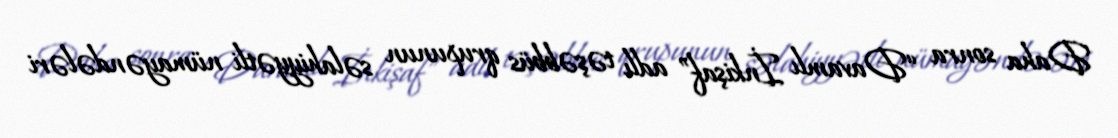
Daha sonra “Davamlı İnkişaf” adlı təşəbbüs qrupunun səlahiyyətli nümayəndələri